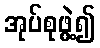
အုပ်စုဖွဲ့၍